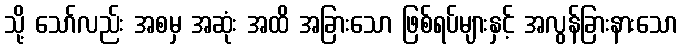
သို့ သော်လည်း အစမှ အဆုံး အထိ အခြားသော ဖြစ်ရပ်များနှင့် အလွန်ခြားနားသော